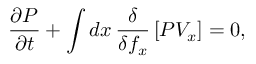
\frac { \partial P } { \partial t } + \int d x \, \frac { \delta } { \delta f _ { x } } \left[ P V _ { x } \right] = 0 ,